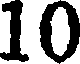
10